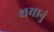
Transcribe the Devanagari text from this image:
थयानुं